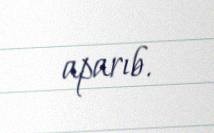
aparıb.